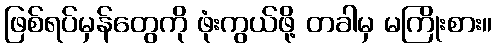
ဖြစ်ရပ်မှန်တွေကို ဖုံးကွယ်ဖို့ တခါမှ မကြိုးစား။